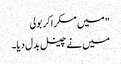
" میں مسکرا کر بولی
میں نے چینل بدل دیا۔